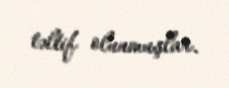
təltif olunmuşlar.